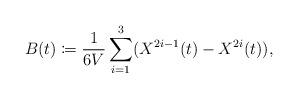
LaTeX: \begin{align*} B(t) \coloneqq \frac{1}{6V}\sum_{i=1}^{3} (X^{2i-1}(t) - X^{2i}(t)),\end{align*}